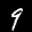
Label: 9